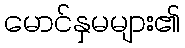
မောင်နှမများ၏